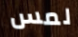
لمس